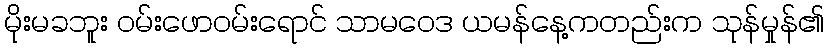
မိုးမခဘူး ဝမ်းဖောဝမ်းရောင် သာမဝေဒ ယမန်နေ့ကတည်းက သုန်မှုန်၏